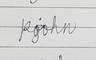
Signature authenticity: genuine